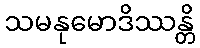
သမနုမောဒိဿန္တိ